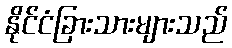
နိုင်ငံခြားသားများသည်